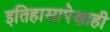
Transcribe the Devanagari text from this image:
इतिहासापेक्षाही